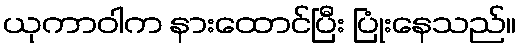
ယုကာဝါက နားထောင်ပြီး ပြုံးနေသည်။